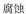
腐蚀